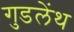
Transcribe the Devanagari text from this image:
गुडलेंथ